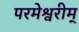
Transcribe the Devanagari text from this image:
परमेश्वरीम्